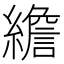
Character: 𦅼